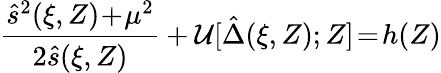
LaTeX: \frac{\hat{s}^{2}(\xi,Z)\! +\! \mu^{2}}{2\hat{s}(\xi,Z)}+{\cal U}[\hat{\Delta}(\xi,Z);Z]\! =\! h(Z)